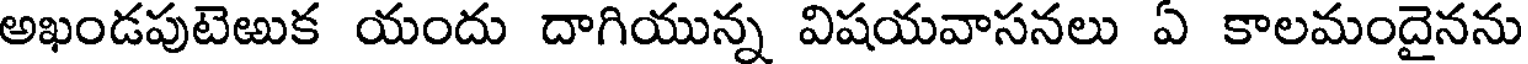
అఖండపుటెఱుక యందు దాగియున్న విషయవాసనలు ఏ కాలమందైనను